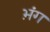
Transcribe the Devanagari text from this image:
भ़ंग